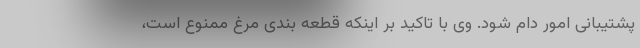
پشتیبانی امور دام شود. وی با تاکید بر اینکه قطعه بندی مرغ ممنوع است،